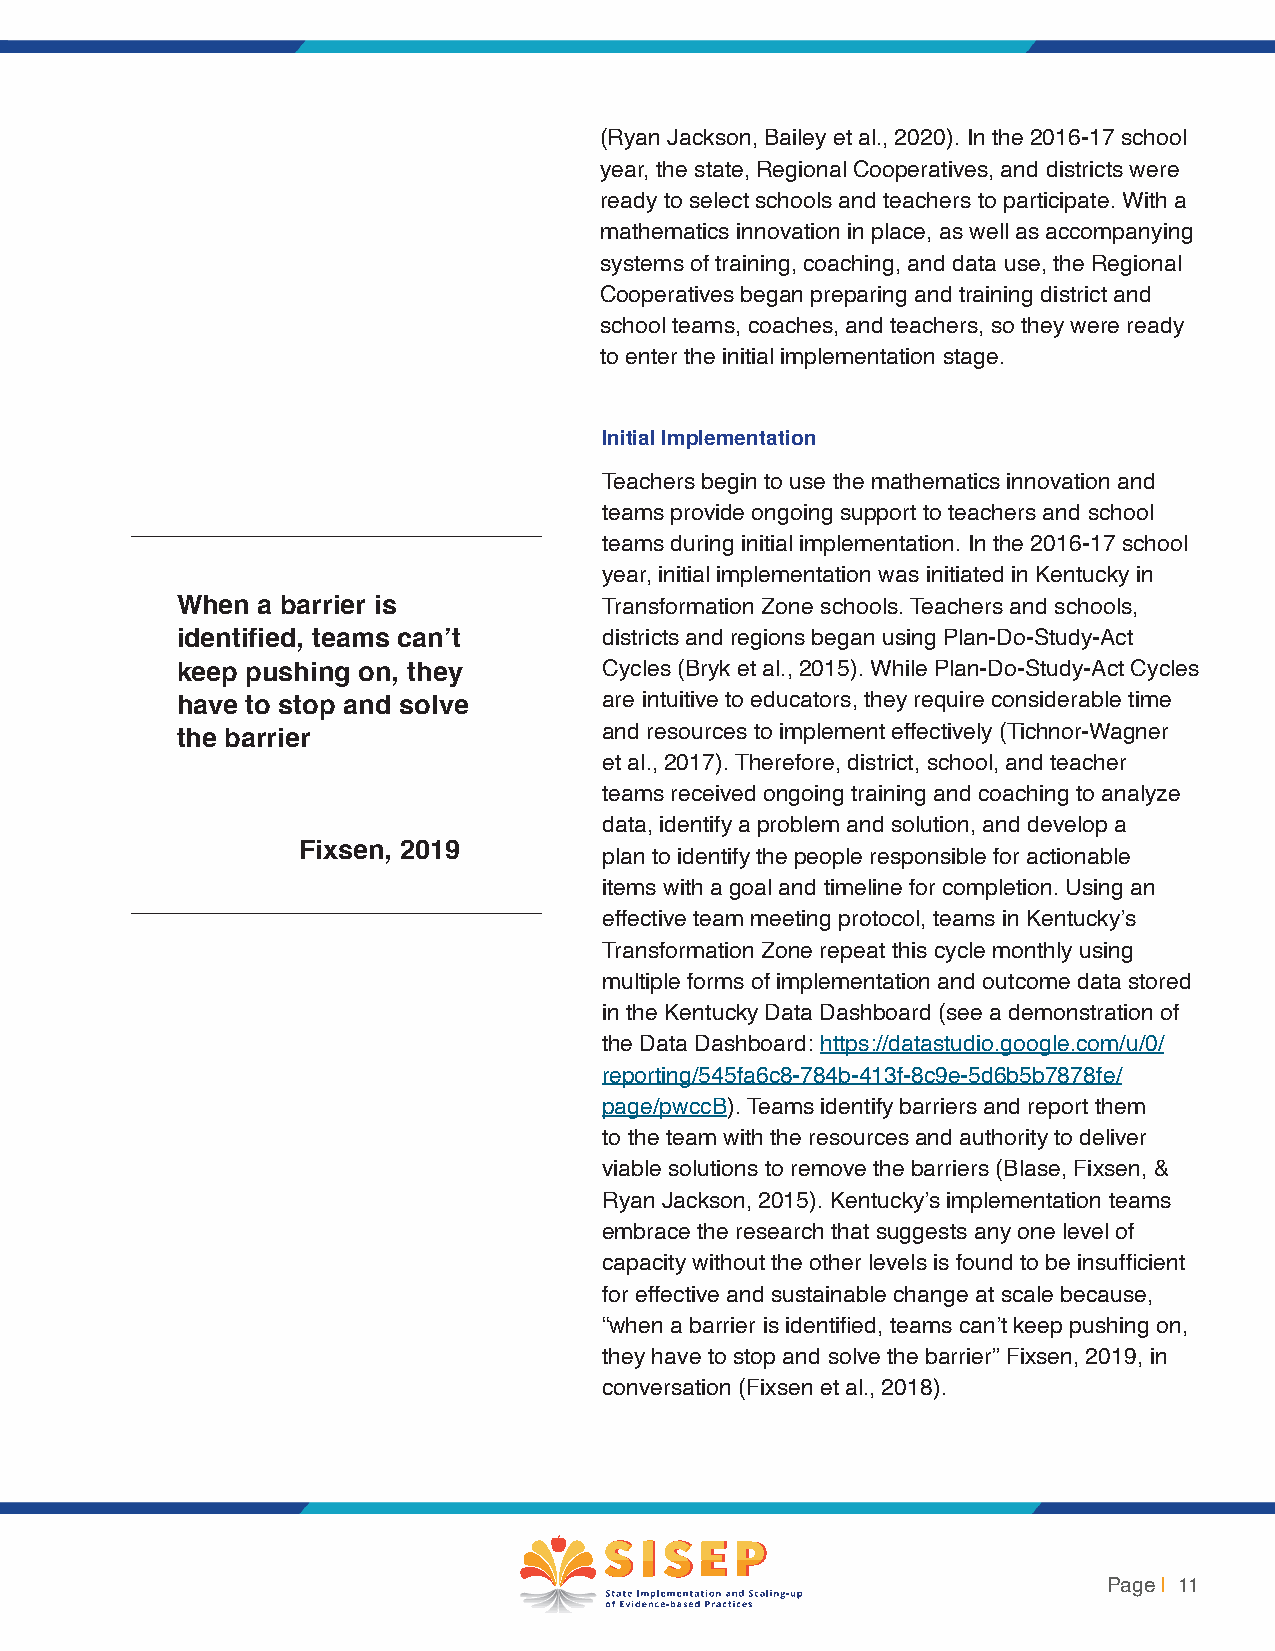
(Ryan Jackson, Bailey et al., 2020). In the 2016-17 school
 year, the state, Regional Cooperatives, and districts were
 ready to select schools and teachers to participate. With a
 mathematics innovation in place, as well as accompanying
 systems of training, coaching, and data use, the Regional
 Cooperatives began preparing and training district and
 school teams, coaches, and teachers, so they were ready
 to enter the initial implementation stage.
 Initial Implementation
 Teachers begin to use the mathematics innovation and
 teams provide ongoing support to teachers and school
 teams during initial implementation. In the 2016-17 school
 year, initial implementation was initiated in Kentucky in
 When a barrier is           Transformation Zone schools. Teachers and schools,
 identified, teams can’t     districts and regions began using Plan-Do-Study-Act
 keep pushing on, they       Cycles (Bryk et al., 2015). While Plan-Do-Study-Act Cycles
 have to stop and solve      are intuitive to educators, they require considerable time
 and resources to implement effectively (Tichnor-Wagner
 the barrier
 et al., 2017). Therefore, district, school, and teacher
 teams received ongoing training and coaching to analyze
 data, identify a problem and solution, and develop a
 Fixsen, 2019
 plan to identify the people responsible for actionable
 items with a goal and timeline for completion. Using an
 effective team meeting protocol, teams in Kentucky’s
 Transformation Zone repeat this cycle monthly using
 multiple forms of implementation and outcome data stored
 in the Kentucky Data Dashboard (see a demonstration of
 the Data Dashboard: https://datastudio.google.com/u/0/
 reporting/545fa6c8-784b-413f-8c9e-5d6b5b7878fe/
 page/pwccB). Teams identify barriers and report them
 to the team with the resources and authority to deliver
 viable solutions to remove the barriers (Blase, Fixsen, &
 Ryan Jackson, 2015). Kentucky’s implementation teams
 embrace the research that suggests any one level of
 capacity without the other levels is found to be insufficient
 for effective and sustainable change at scale because,
 “when a barrier is identified, teams can’t keep pushing on,
 they have to stop and solve the barrier” Fixsen, 2019, in
 conversation (Fixsen et al., 2018).
 Page | 11